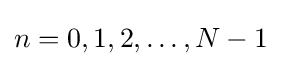
n=0,1,2,\ldots ,N-1